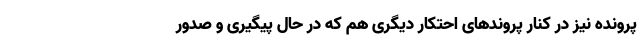
پرونده نیز در کنار پروند‌های احتکار دیگری هم که در حال پیگیری و صدور